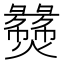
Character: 𬋝